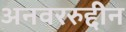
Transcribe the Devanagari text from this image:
अनवररुद्दीन